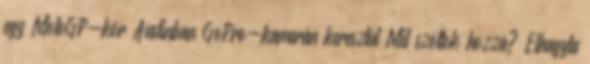
egy MotoGP-kör Austinban GoPro-kamerán keresztül Mit szóltok hozzá? Elhagyta